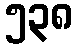
၅၃၈